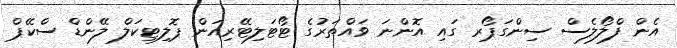
އެން ފްލޯލެސް ސިންގަޕޯރ ގައި އޮންނަ ވައްތަރުގެ ޓޯޓަލިޓޭރިއަން ޕޮލިޓިކަލް ލޭންޑް ސްކޭޕް